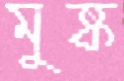
মুষ্ক